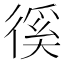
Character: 徯